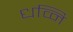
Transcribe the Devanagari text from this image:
धव्नि